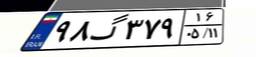
۹۸گ۳۷۹۱۶